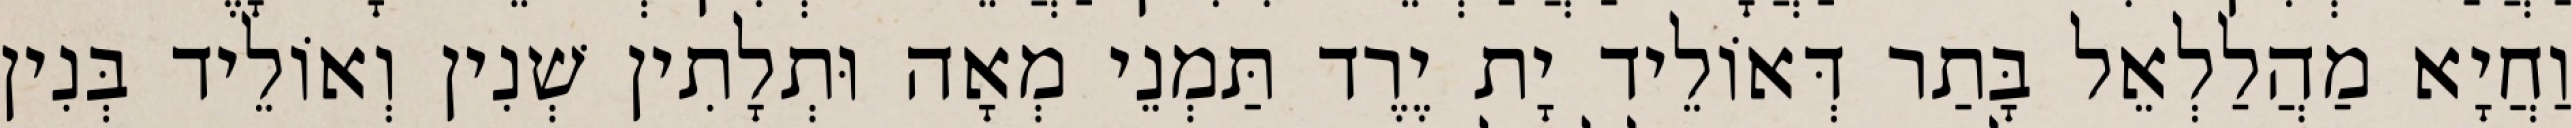
וַחֲיָא מַהֲלַלְאֵל בָּתַר דְּאוֹלֵיד יָת יֶרֶד תַּמְנֵי מְאָה וּתְלָתִין שְׁנִין וְאוֹלֵיד בְּנִין